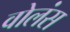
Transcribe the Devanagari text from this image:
वोलंस